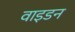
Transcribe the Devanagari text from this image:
वाइडन